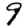
Digit: 9